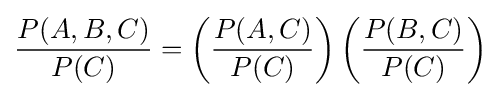
{\frac {P(A,B,C)}{P(C)}}=\left({\frac {P(A,C)}{P(C)}}\right)\left({\frac {P(B,C)}{P(C)}}\right)